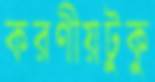
করণীয়টুকু